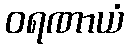
ဝရဏာယံ